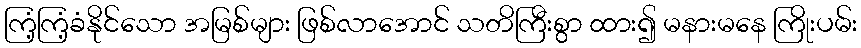
ကြံ့ကြံ့ခံနိုင်သော အမြစ်များ ဖြစ်လာအောင် သတိကြီးစွာ ထား၍ မနားမနေ ကြိုးပမ်း